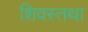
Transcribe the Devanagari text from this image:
शिवस्तथा